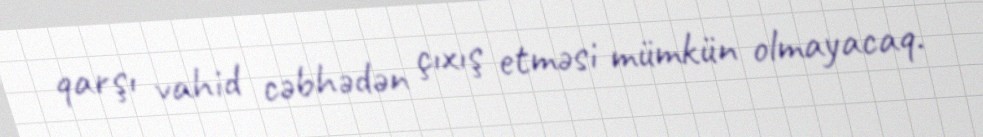
qarşı vahid cəbhədən çıxış etməsi mümkün olmayacaq.